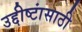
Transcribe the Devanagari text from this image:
उद्दीष्टांसाठी